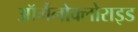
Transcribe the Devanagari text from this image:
ऑर्गैनोक्लोराइड